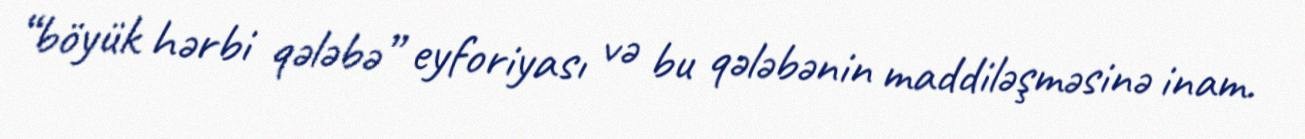
“böyük hərbi qələbə” eyforiyası və bu qələbənin maddiləşməsinə inam.